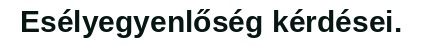
Esélyegyenlőség kérdései.